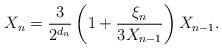
LaTeX: \begin{align*}X_n = \frac{3}{2^{d_n}} \left(1 + \frac{\xi_n}{3 X_{n-1}}\right) X_{n-1}.\end{align*}